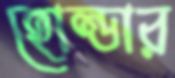
হোল্ডার